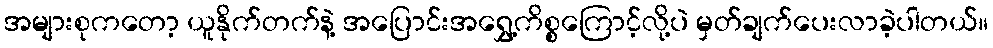
အများစုကတော့ ယူနိုက်တက်နဲ့ အပြောင်းအရွှေ့ကိစ္စကြောင့်လို့ပဲ မှတ်ချက်ပေးလာခဲ့ပါတယ်။